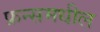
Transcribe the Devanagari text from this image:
फ्रन्समधील